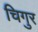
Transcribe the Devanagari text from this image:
चिगुर